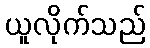
ယူလိုက်သည်